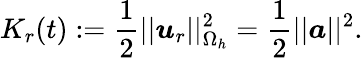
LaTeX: K_{r}(t):=\frac{1}{2}||\boldsymbol{u}_{r}||_{\Omega_{h}}^{2}=\frac{1}{2}||\boldsymbol{a}||^{2}.